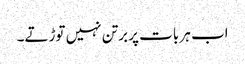
اب ہر بات پر برتن نہیں توڑتے۔